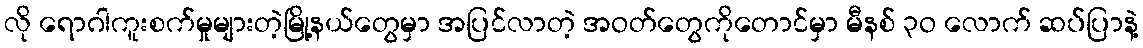
လို ရောဂါကူးစက်မှုများတဲ့မြို့နယ်တွေမှာ အပြင်လာတဲ့ အဝတ်တွေကိုတောင်မှာ မီနစ် ၃ဝ လောက် ဆပ်ပြာနဲ့